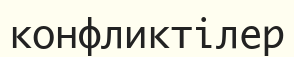
конфликтілер